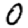
Digit: 0